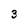
Character: 3